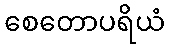
စေတောပရိယံ